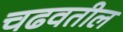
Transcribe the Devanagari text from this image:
चढवतील